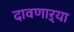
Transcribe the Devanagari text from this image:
दावणाऱ्या